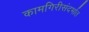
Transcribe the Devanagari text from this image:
कामगिरीसंदर्भात